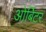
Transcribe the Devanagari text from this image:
ओर्बिटर